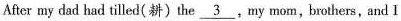
After my dad had tilled(耕)the \underline{3},my mom,brothers,and I